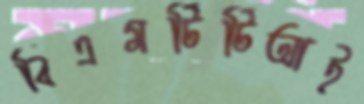
বিএমটিটিআই